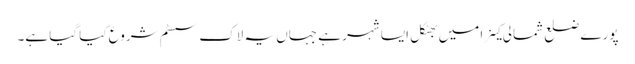
پورے ضلع شمالی کینرا میں بھٹکل ایسا شہر ہے جہاں یہ لاک سسٹم شروع کیا گیا ہے۔